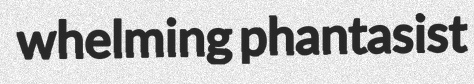
whelming phantasist